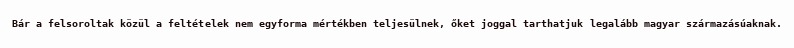
Bár a felsoroltak közül a feltételek nem egyforma mértékben teljesülnek, őket joggal tarthatjuk legalább magyar származásúaknak.